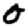
Digit: 0